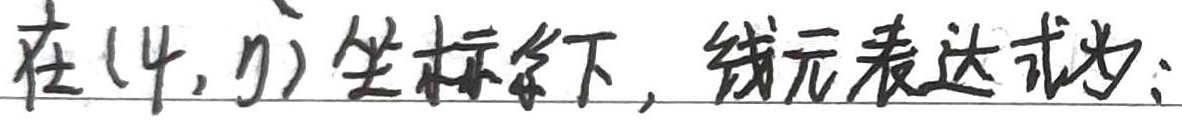
在\((4, \eta)\)坐标系下，钱元表达式为：